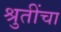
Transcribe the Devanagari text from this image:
श्रुतींचा